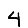
Digit: 4